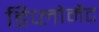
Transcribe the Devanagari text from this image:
डिप्लोमैट